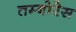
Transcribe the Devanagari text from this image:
तम्बोरेस